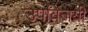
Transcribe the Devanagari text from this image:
उपविजयी